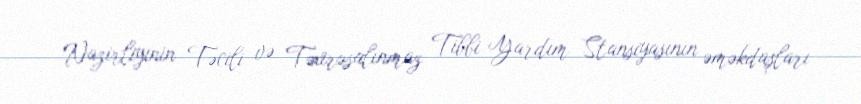
Nazirliyinin Təcili və Təxirəsalınmaz Tibbi Yardım Stansiyasının əməkdaşları